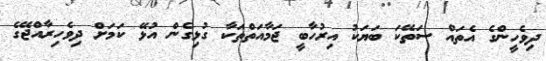
ދިވެހީންގެ އެތައް ސަތޭކަ ބަޔަކު އިރުހާބީ ޖަމާއަތްތަކާ ގުޅިގެން އުޅޭ ކަމަށް ދިވެހިރާއްޖޭގެ